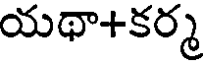
యథా+కర్మ